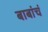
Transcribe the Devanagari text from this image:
बाबांचं